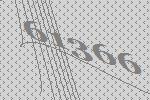
61366